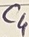
Text: C4